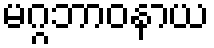
မဂ္ဂဘာဝနာယ